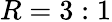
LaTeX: R=3:1